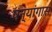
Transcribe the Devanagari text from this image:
षन्यांगास